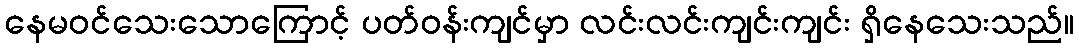
နေမဝင်သေးသောကြောင့် ပတ်ဝန်းကျင်မှာ လင်းလင်းကျင်းကျင်း ရှိနေသေးသည်။